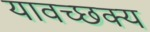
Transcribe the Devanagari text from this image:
यावच्छक्य